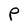
Character: P